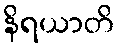
နိရယာတိ